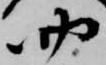
四